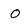
Character: O